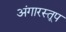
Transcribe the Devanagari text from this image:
अंगारस्तूप